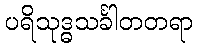
ပရိသုဒ္ဓသင်္ခါတတရာ